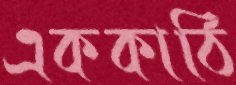
এককাঠি